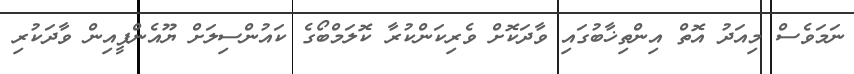
ނަމަވެސް މިއަދު އޮތް އިންތިޚާބުގައި ވާދަކޮށް ވެރިކަންކުރާ ކޮލަމްބޯގެ ކައުންސިލަށް ޔޫއެންޕީއިން ވާދަކުރި